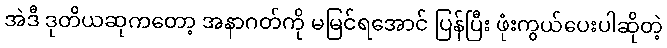
အဲဒီ ဒုတိယဆုကတော့ အနာဂတ်ကို မမြင်ရအောင် ပြန်ပြီး ဖုံးကွယ်ပေးပါဆိုတဲ့